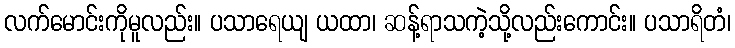
လက်မောင်းကိုမူလည်း။ ပသာရေယျ ယထာ၊ ဆန့်ရာသကဲ့သို့လည်းကောင်း။ ပသာရိတံ၊